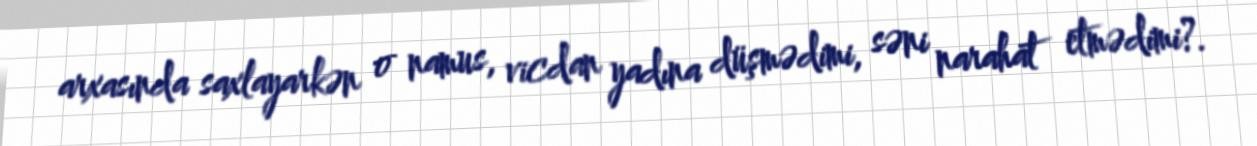
arxasında saxlayarkən o namus, vicdan yadına düşmədimi, səni narahat etmədimi?.